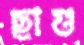
ছাগু